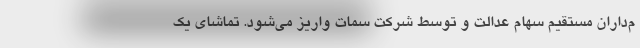
م‌داران مستقیم سهام عدالت و توسط شرکت سمات واریز می‌شود. تماشای یک